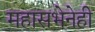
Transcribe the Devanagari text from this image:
महासभेनेही